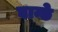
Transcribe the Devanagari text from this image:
घान्छे